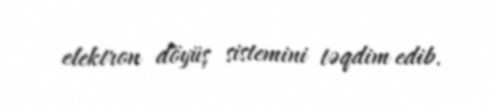
elektron döyüş sistemini təqdim edib.